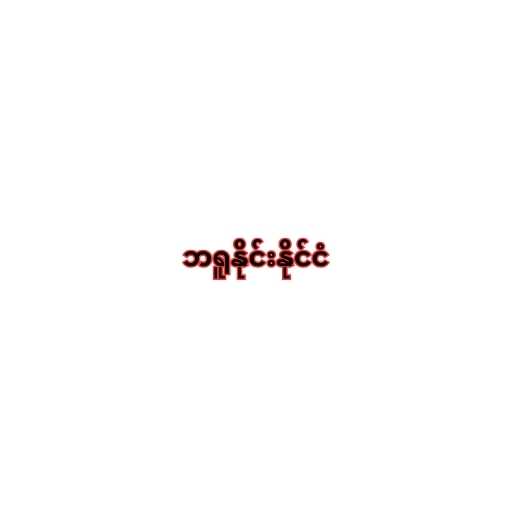
ဘရူနိုင်းနိုင်ငံ